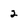
Character: 2